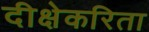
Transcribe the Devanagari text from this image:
दीक्षेकरिता